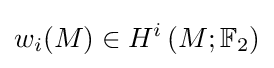
w_{i}(M)\in H^{i}\left(M;\mathbb {F} _{2}\right)